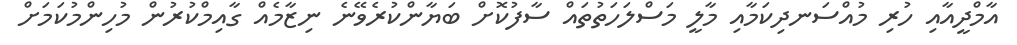
އާމްދީއާއި ހުރި މުއްސަނދިކަމާއި މާލީ މަސްލަހަތުތައް ސާފުކޮށް ބަޔާންކުރެވޭނެ ނިޒާމެއް ގާއިމްކުރުން މުހިންމުކަމަށް